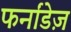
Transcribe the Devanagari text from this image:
फर्नांडेज़